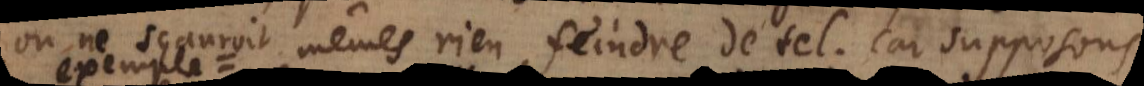
on ne sçauroit mêmes rien feindre de tel. Car supposons